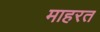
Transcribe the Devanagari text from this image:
माहरत